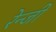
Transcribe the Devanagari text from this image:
रेन्जी